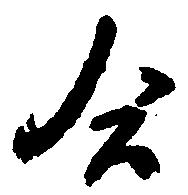
合